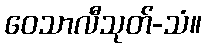
ဝေသာလီသုတ်-သံ။